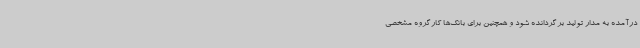
درآمده به مدار تولید برگردانده شود و همچنین برای بانک‌ها کارگروه مشخصی